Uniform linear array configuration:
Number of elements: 8
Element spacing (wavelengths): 0.5
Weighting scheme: cosine
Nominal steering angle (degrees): -30
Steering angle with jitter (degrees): -29.676
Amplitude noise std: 0.05
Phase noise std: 0.05

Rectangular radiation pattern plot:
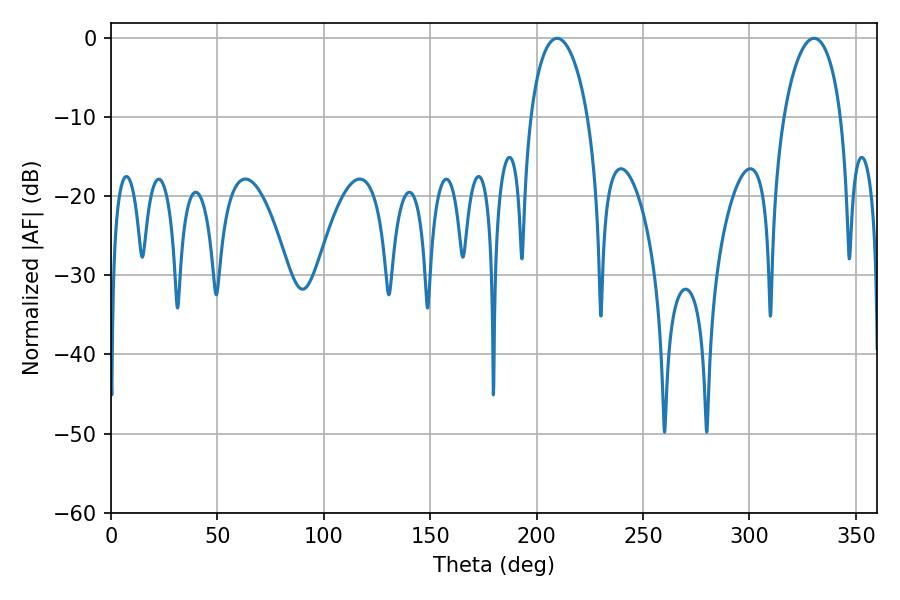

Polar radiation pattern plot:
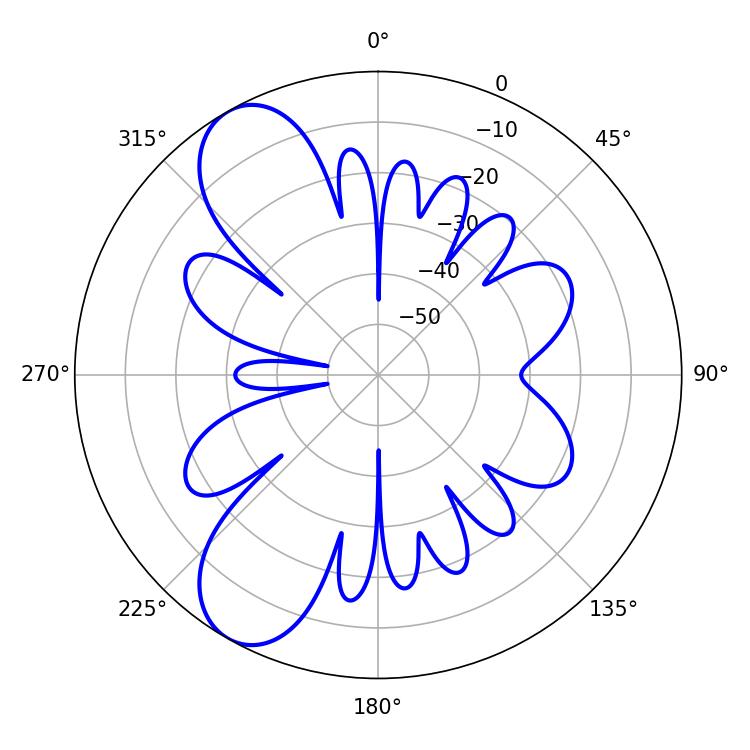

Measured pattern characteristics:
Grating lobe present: FALSE
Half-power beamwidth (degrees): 15.3
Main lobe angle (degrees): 209.7